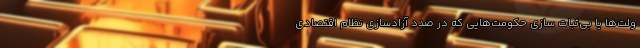
ولت‌ها یا بی‌ثبات سازی حکومت‌هایی که در صدد آزادسازی نظام اقتصادی